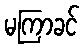
မကြာခင်